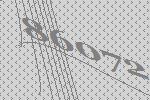
86072